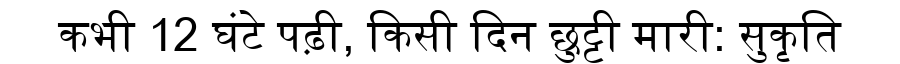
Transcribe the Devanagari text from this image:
कभी 12 घंटे पढ़ी, किसी दिन छुट्टी मारी: सुकृति